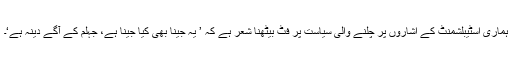
ہماری اسٹیبلشمنٹ کے اشاروں پر چلنے والی سیاست پر فٹ بیٹھنا شعر ہے کہ ’ یہ جینا بھی کیا جینا ہے، جہلم کے آگے دینہ ہے‘۔